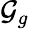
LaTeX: \mathcal{G}_{g}